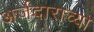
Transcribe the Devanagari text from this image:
अर्जदाराच्या